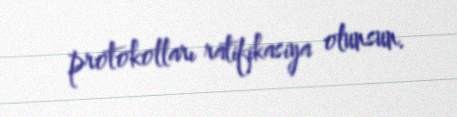
protokolları ratifikasiya olunsun.